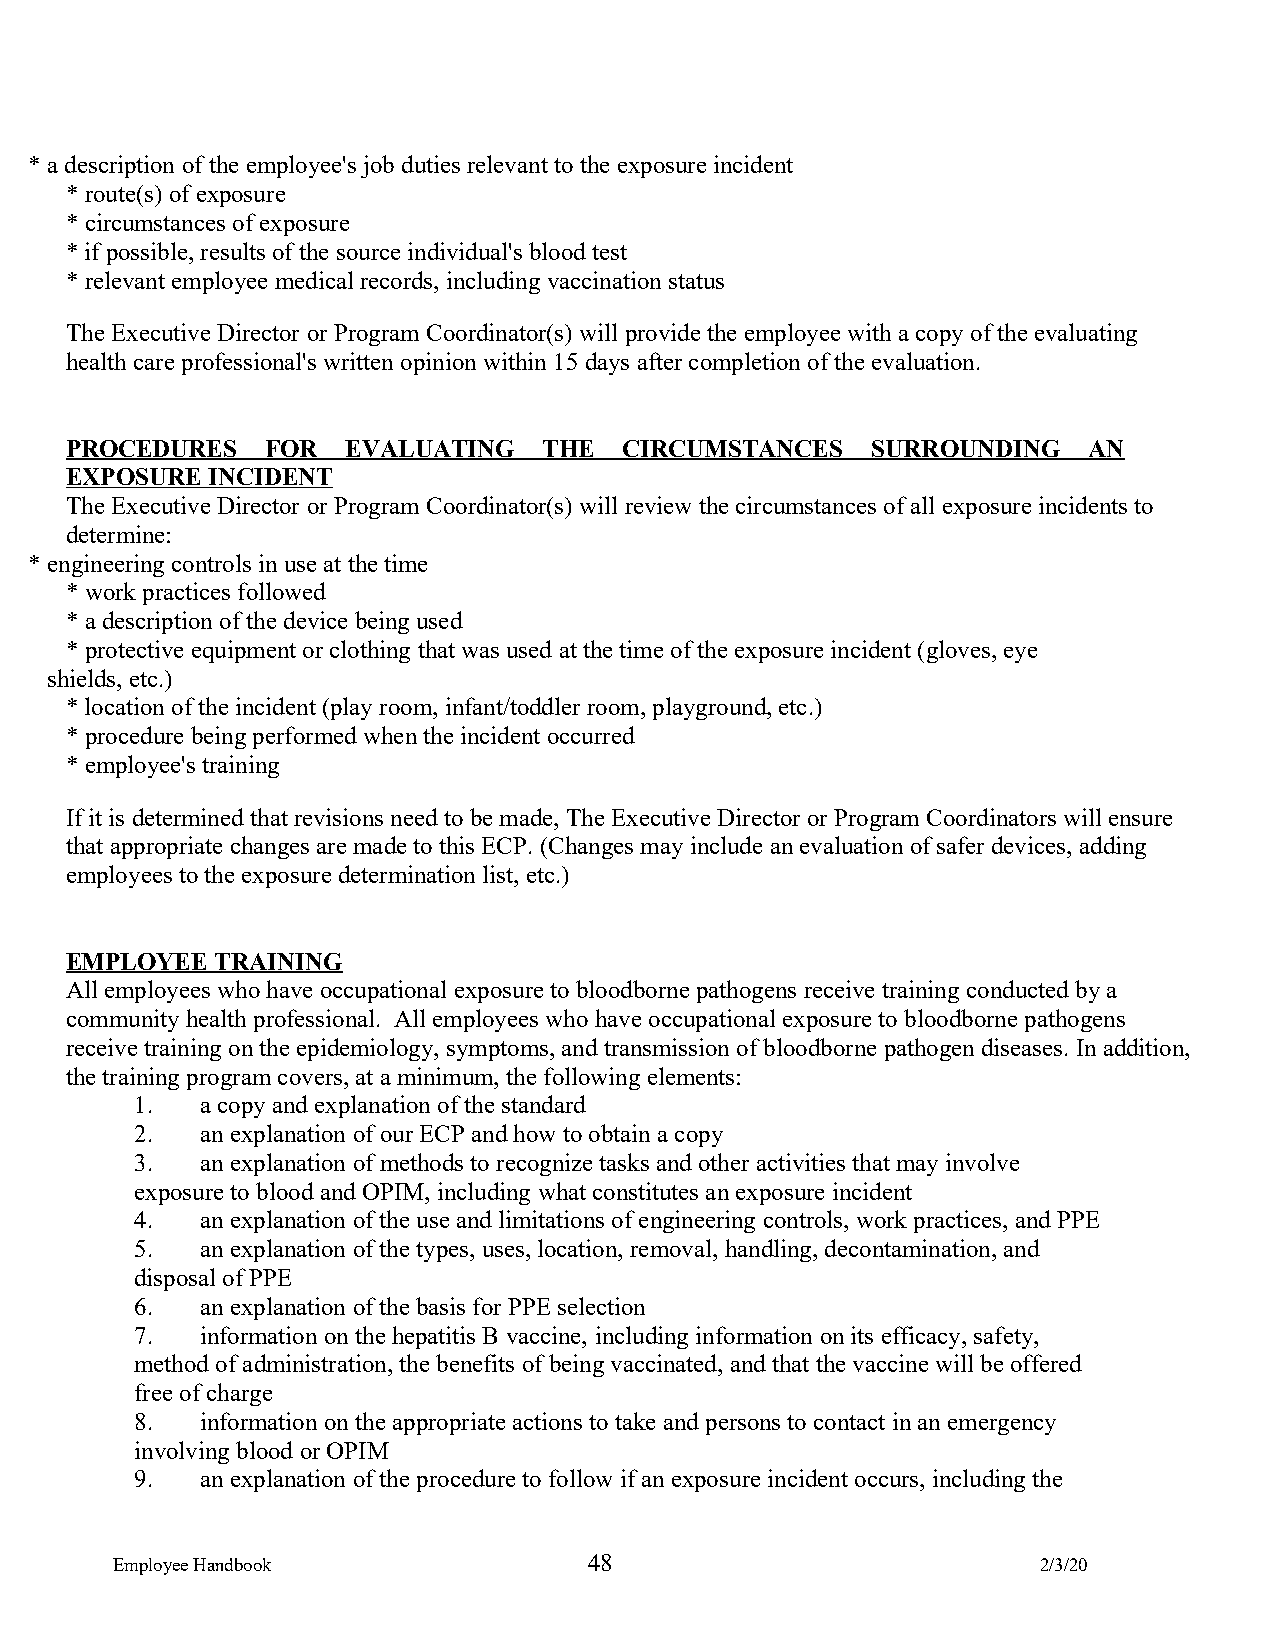
* a description of the employee's job duties relevant to the exposure incident
 * route(s) of exposure
 * circumstances of exposure
 * if possible, results of the source individual's blood test
 * relevant employee medical records, including vaccination status
 The Executive Director or Program Coordinator(s) will provide the employee with a copy of the evaluating
 health care professional's written opinion within 15 days after completion of the evaluation.
 PROCEDURES    FOR  EVALUATING   THE  CIRCUMSTANCES    SURROUNDING   AN
 EXPOSURE  INCIDENT
 The Executive Director or Program Coordinator(s) will review the circumstances of all exposure incidents to
 determine:
 * engineering controls in use at the time
 * work practices followed
 * a description of the device being used
 * protective equipment or clothing that was used at the time of the exposure incident (gloves, eye
 shields, etc.)
 * location of the incident (play room, infant/toddler room, playground, etc.)
 * procedure being performed when the incident occurred
 * employee's training
 If it is determined that revisions need to be made, The Executive Director or Program Coordinators will ensure
 that appropriate changes are made to this ECP. (Changes may include an evaluation of safer devices, adding
 employees to the exposure determination list, etc.)
 EMPLOYEE  TRAINING
 All employees who have occupational exposure to bloodborne pathogens receive training conducted by a
 community health professional. All employees who have occupational exposure to bloodborne pathogens
 receive training on the epidemiology, symptoms, and transmission of bloodborne pathogen diseases. In addition,
 the training program covers, at a minimum, the following elements:
 1.  a copy and explanation of the standard
 2.  an explanation of our ECP and how to obtain a copy
 3.  an explanation of methods to recognize tasks and other activities that may involve
 exposure to blood and OPIM, including what constitutes an exposure incident
 4.  an explanation of the use and limitations of engineering controls, work practices, and PPE
 5.  an explanation of the types, uses, location, removal, handling, decontamination, and
 disposal of PPE
 6.  an explanation of the basis for PPE selection
 7.  information on the hepatitis B vaccine, including information on its efficacy, safety,
 method of administration, the benefits of being vaccinated, and that the vaccine will be offered
 free of charge
 8.  information on the appropriate actions to take and persons to contact in an emergency
 involving blood or OPIM
 9.  an explanation of the procedure to follow if an exposure incident occurs, including the
 Employee Handbook               48                            2/3/20